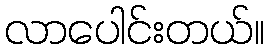
လာပေါင်းတယ်။